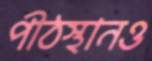
পীঠস্থানও